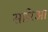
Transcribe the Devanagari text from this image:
सारिआ